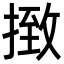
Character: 㨖